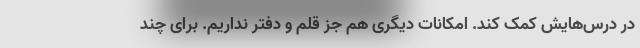
در درس‌هایش کمک کند. امکانات دیگری هم جز قلم و دفتر نداریم. برای چند